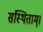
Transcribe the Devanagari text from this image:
संस्थिताम्‌।